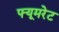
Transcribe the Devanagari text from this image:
फ्यूमरेट